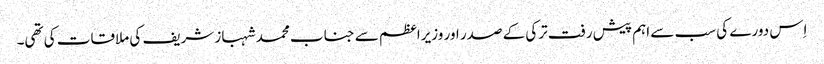
اِس دورے کی سب سے اہم پیش رفت ترکی کے صدر اور وزیراعظم سے جناب محمد شہباز شریف کی ملاقات کی تھی۔